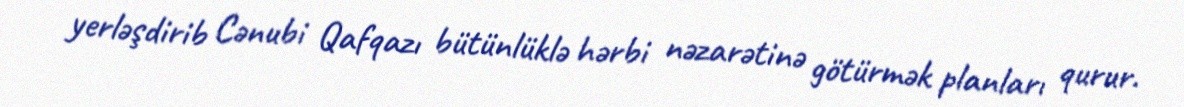
yerləşdirib Cənubi Qafqazı bütünlüklə hərbi nəzarətinə götürmək planları qurur.